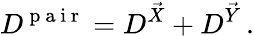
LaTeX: D^{\mathrm{~p~a~i~r~}}=D^{\vec{X}}+D^{\vec{Y}}\, .